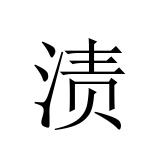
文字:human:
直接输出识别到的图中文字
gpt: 渍